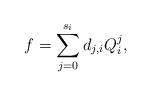
LaTeX: \begin{align*}f=\sum\limits_{j=0}^{s_i}d_{j,i}Q_i^j,\end{align*}